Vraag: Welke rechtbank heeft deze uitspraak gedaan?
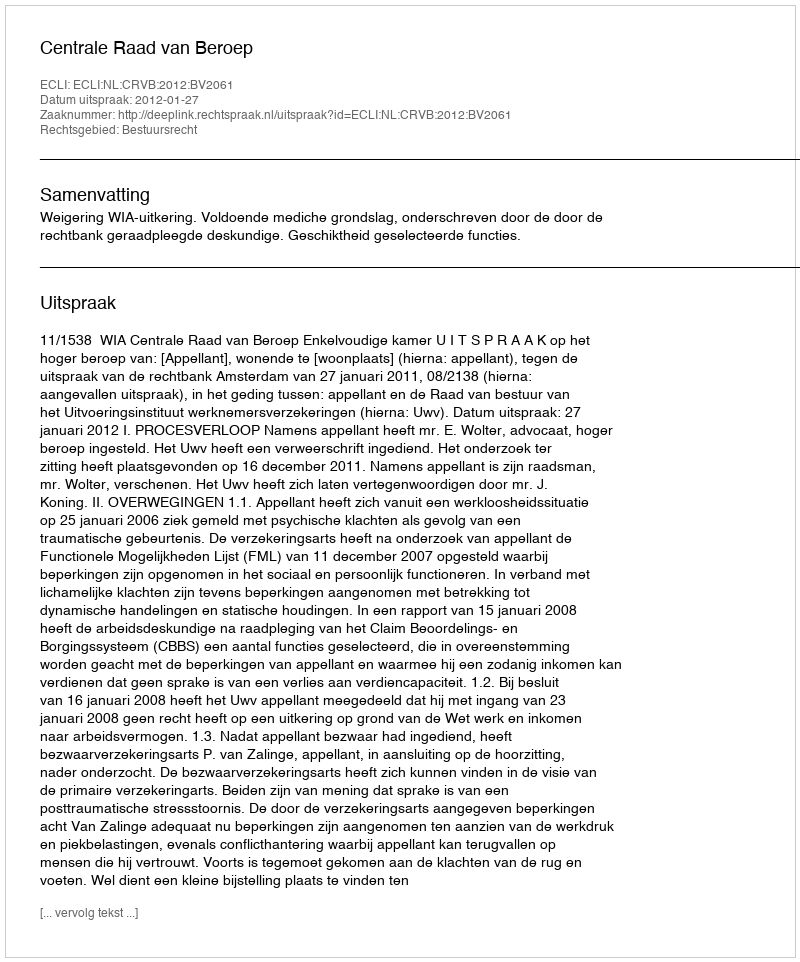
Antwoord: Centrale Raad van Beroep